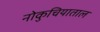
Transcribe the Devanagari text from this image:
नोकुचियाताल